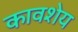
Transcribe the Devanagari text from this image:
कावशेय